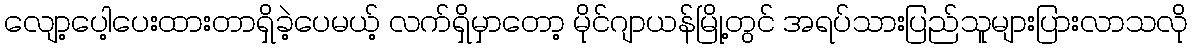
လျော့ပေါ့ပေးထားတာရှိခဲ့ပေမယ့် လက်ရှိမှာတော့ မိုင်ဂျာယန်မြို့တွင် အရပ်သားပြည်သူများပြားလာသလို